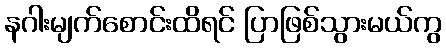
နဂါးမျက်စောင်းထိရင် ပြာဖြစ်သွားမယ်ကွ